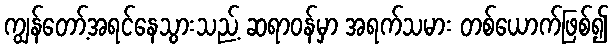
ကျွန်တော့်အရင်နေသွားသည့် ဆရာဝန်မှာ အရက်သမား တစ်ယောက်ဖြစ်၍